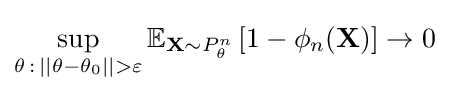
\sup _{\theta \,:\,||\theta -\theta _{0}||>\varepsilon }\mathbb {E} _{\mathbf {X} \sim P_{\theta }^{n}}\left[1-\phi _{n}(\mathbf {X} )\right]\rightarrow 0